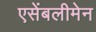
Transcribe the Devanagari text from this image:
एसेंबलीमेन